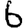
Digit: 6